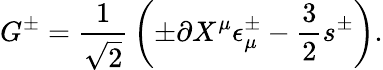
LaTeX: G^{\pm}={\frac{1}{\sqrt 2}}\left(\pm\partial X^{\mu}\epsilon_{\mu}^{\pm}-{\frac{3}{2}}s^{\pm}\right).